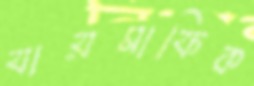
যায়মাফিক